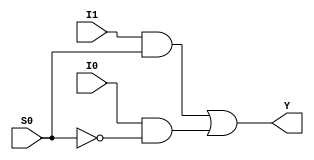
module m21_gate(I0, I1, S0, Y);

	input I0, I1, S0;
	output Y;

	wire notS0, T0, T1;

	not (notS0, S0);
	and (T0, I1, S0);
	and (T1, I0, notS0);
	or (Y, T0, T1);

endmodule